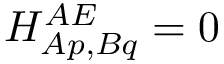
H _ { A p , B q } ^ { A E } = 0